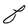
Character: F